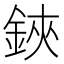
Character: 鋏